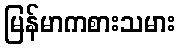
မြန်မာကစားသမား